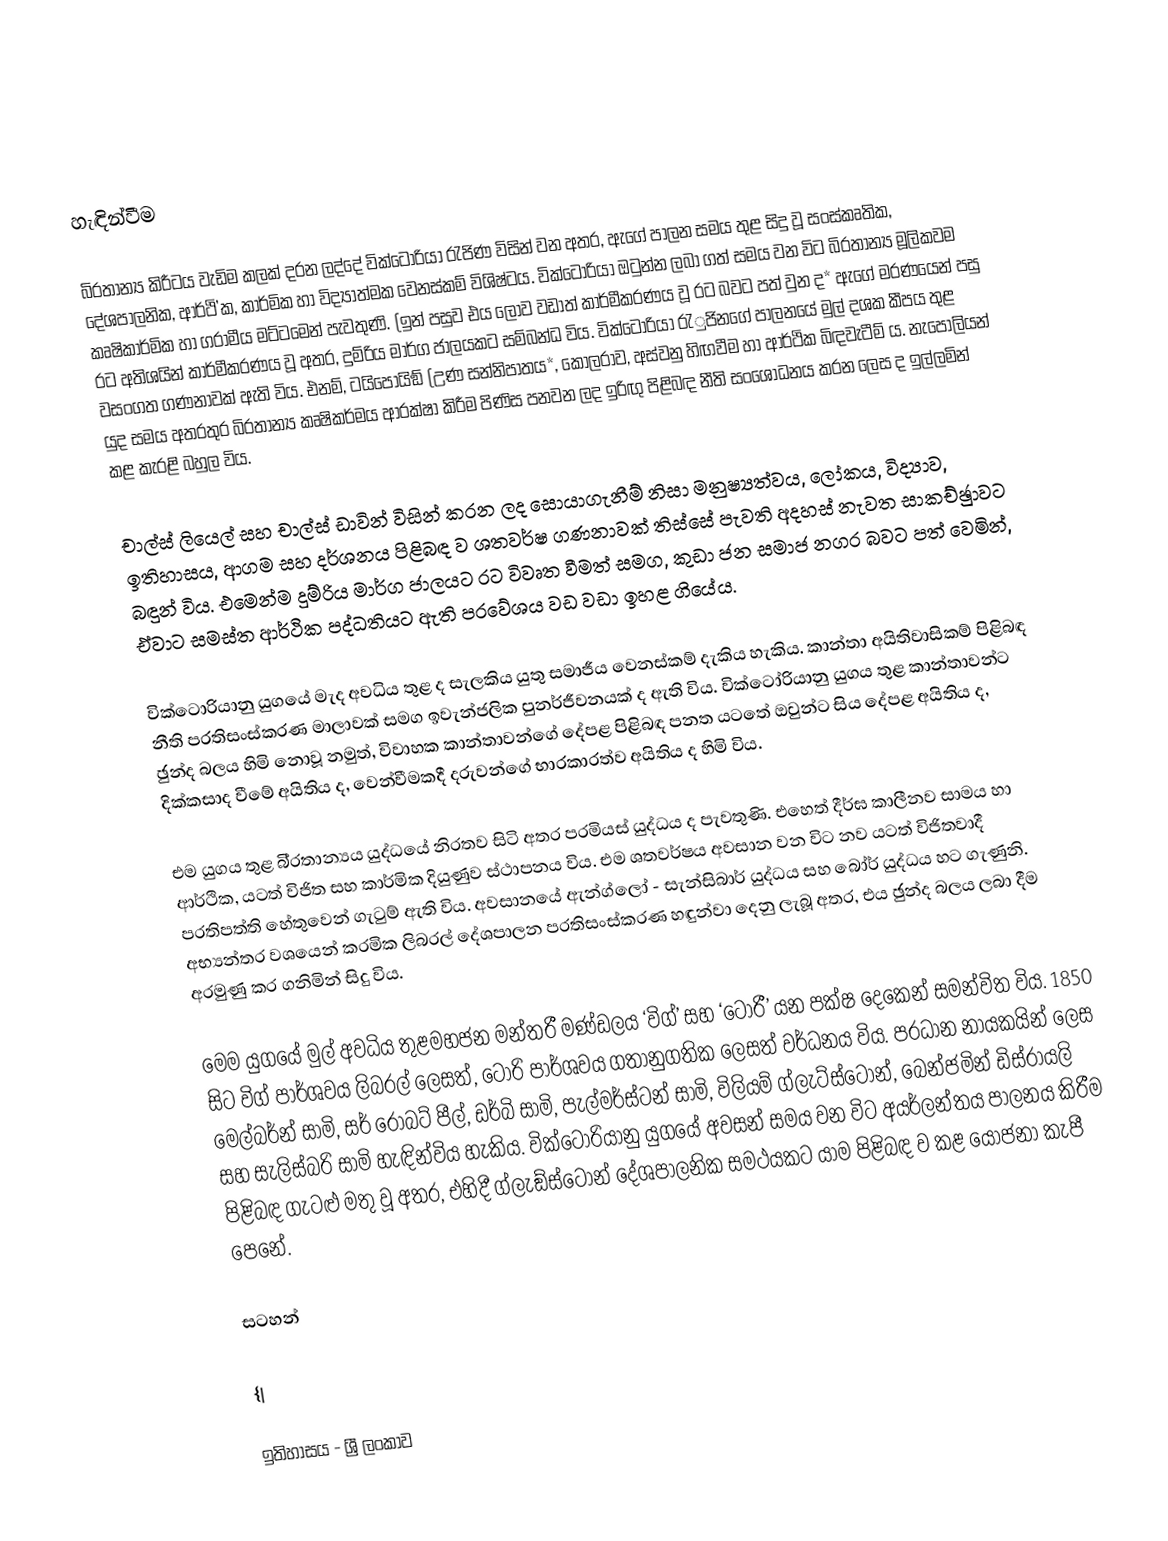

හැඳින්වීම

බි‍්‍රතාන්‍ය කිරීටය වැඩිම කලක් දරන ලද්දේ වික්ටෝරියා රැජිණ විසින් වන අතර, ඇගේ පාලන සමය තුළ සිදු වූ සංස්කෘතික, දේශපාලනික, ආර්ථි’ක, කාර්මික හා විද්‍යාත්මක වෙනස්කම් විශිෂ්ටය. වික්ටෝරියා ඔටුන්න ලබා ගත් සමය වන විට බි‍්‍රතාන්‍ය මූලිකවම කෘෂිකාර්මික හා ග‍්‍රාමීය මට්ටමෙන් පැවතුණි. (ඉන් පසුව එය ලොව වඩාත් කාර්මීකරණය වූ රට බවට පත් වුන ද* ඇගේ මරණයෙන් පසු රට අතිශයින් කාර්මීකරණය වූ අතර, දුම්රිය මාර්ග ජාලයකට සම්බන්ධ විය. වික්ටෝරියා රැුජිනගේ පාලනයේ මුල් දශක කීපය තුළ වසංගත ගණනාවක් ඇති විය. එනම්, ටයිපොයිඞ් (උණ සන්නිපාතය*, කොලරාව, අස්වනු හිඟවීම හා ආර්ථික බිඳවැටීම් ය. නැපෝලියන් යුද සමය අතරතුර බි‍්‍රතාන්‍ය කෘෂිකර්මය ආරක්ෂා කිරීම පිණිස පනවන ලද ඉරිඟු පිළිබඳ නීති සංශෝධනය කරන ලෙස ද ඉල්ලමින් කළ කැරළි බහුල විය.

චාල්ස් ලියෙල් සහ චාල්ස් ඩාවින් විසින් කරන ලද සොයාගැනීම් නිසා මනුෂ්‍යත්වය, ලෝකය, විද්‍යාව, ඉතිහාසය, ආගම සහ දර්ශනය පිළිබඳ ව ශතවර්ෂ ගණනාවක් තිස්සේ පැවති අදහස් නැවත සාකච්ඡුාවට බඳුන් විය. එමෙන්ම දුම්රිය මාර්ග ජාලයට රට විවෘත වීමත් සමග, කුඩා ජන සමාජ නගර බවට පත් වෙමින්, ඒවාට සමස්ත ආර්ථික පද්ධතියට ඇති ප‍්‍රවේශය වඩ වඩා ඉහළ ගියේය.

වික්ටොරියානු යුගයේ මැද අවධිය තුළ ද සැලකිය යුතු සමාජීය වෙනස්කම් දැකිය හැකිය. කාන්තා අයිතිවාසිකම් පිළිබඳ නීති ප‍්‍රතිසංස්කරණ මාලාවක් සමග ඉවැන්ජලික පුනර්ජීවනයක් ද ඇති විය. වික්ටෝරියානු යුගය තුළ කාන්තාවන්ට ඡුන්ද බලය හිමි නොවූ නමුත්, විවාහක කාන්තාවන්ගේ දේපළ පිළිබඳ පනත යටතේ ඔවුන්ට සිය දේපළ අයිතිය ද, දික්කසාද වීමේ අයිතිය ද, වෙන්වීමකදී දරුවන්ගේ භාරකාරත්ව අයිතිය ද හිමි විය.

එම යුගය තුළ බි‍්‍රතාන්‍යය යුද්ධයේ නිරතව සිටි අතර ප‍්‍රමියස් යුද්ධය ද පැවතුණි. එහෙත් දීර්ඝ කාලීනව සාමය හා ආර්ථික, යටත් විජිත සහ කාර්මික දියුණුව ස්ථාපනය විය. එම ශතවර්ෂය අවසාන වන විට නව යටත් විජිතවාදී ප‍්‍රතිපත්ති හේතුවෙන් ගැටුම් ඇති විය. අවසානයේ ඇන්ග්ලෝ - සැන්සිබාර් යුද්ධය සහ බෝර් යුද්ධය හට ගැණුනි. අභ්‍යන්තර වශයෙන් ක‍්‍රමික ලිබරල් දේශපාලන ප‍්‍රතිසංස්කරණ හඳුන්වා දෙනු ලැබූ අතර, එය ඡුන්ද බලය ලබා දීම අරමුණු කර ගනිමින් සිදු විය.

මෙම යුගයේ මුල් අවධිය තුළමහජන මන්ත‍්‍රී මණ්ඩලය ‘විග්’ සහ ‘ටෝරී’ යන පක්ෂ දෙකෙන් සමන්විත විය. 1850 සිට විග් පාර්ශවය ලිබරල් ලෙසත්, ටෝරි පාර්ශවය ගතානුගතික ලෙසත් වර්ධනය විය. ප‍්‍රධාන නායකයින් ලෙස මෙල්බර්න් සාමි, සර් රොබට් පීල්, ඩර්බි සාමි, පැල්මර්ස්ටන් සාමි, විලියම් ග්ලැට්ස්ටෝන්, බෙන්ජමින් ඩිස්රායලි සහ සැලිස්බරි සාමි හැඳින්විය හැකිය. වික්ටෝරියානු යුගයේ අවසන් සමය වන විට අයර්ලන්තය පාලනය කිරීම පිළිබඳ ගැටළු මතු වූ අතර, එහිදී ග්ලැඞ්ස්ටෝන් දේශපාලනික සමථයකට යාම පිළිබඳ ව කළ යෝජනා කැපී පෙනේ.

සටහන්

{|

ඉතිහාසය - ශ්‍රී ලංකාව